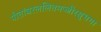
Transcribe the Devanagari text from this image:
पीतांबरललितमज्जीरसुभगा